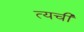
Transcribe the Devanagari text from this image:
त्यची